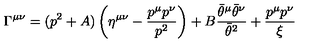
\Gamma ^ { \mu \nu } = ( p ^ { 2 } + A ) \left( \eta ^ { \mu \nu } - { \frac { p ^ { \mu } p ^ { \nu } } { p ^ { 2 } } } \right) + B { \frac { \bar { \theta } ^ { \mu } \bar { \theta } ^ { \nu } } { \bar { \theta } ^ { 2 } } } + { \frac { p ^ { \mu } p ^ { \nu } } { \xi } }